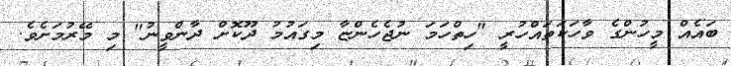
ބައެއް މީހުންގެ ވާހަކަތައްހުރީ "ހިތްހަމަ ނުޖެހެންޏާ މިގައުމު ދޫކޮށް ދާންވީނު" މި މޭރުމަށެވެ.